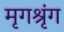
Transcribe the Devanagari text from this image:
मृगश्रृंग